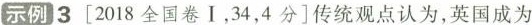
示例3[2018全国卷Ⅰ，34，4分]传统观点认为，英国成为